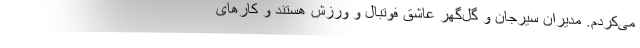
می‌کردم. مدیران سیرجان و گل‌گهر عاشق فوتبال و ورزش هستند و کارهای